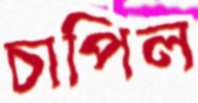
চাপিল